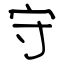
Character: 守